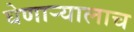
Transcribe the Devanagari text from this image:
घेणार्‍यालाच